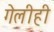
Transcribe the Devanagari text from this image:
गेलीही